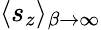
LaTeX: \langle s_{z}\rangle_{\beta\to\infty}